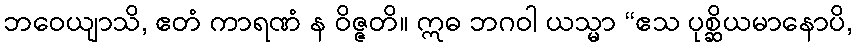
ဘဝေယျာသိ, ဧတံ ကာရဏံ န ဝိဇ္ဇတိ။ ဣဓ ဘဂဝါ ယသ္မာ “ဧသ ပုစ္ဆိယမာနောပိ,